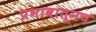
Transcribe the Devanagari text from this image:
प्रभावातूनच